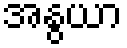
အနွယာ